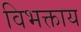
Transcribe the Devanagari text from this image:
विभक्ताय